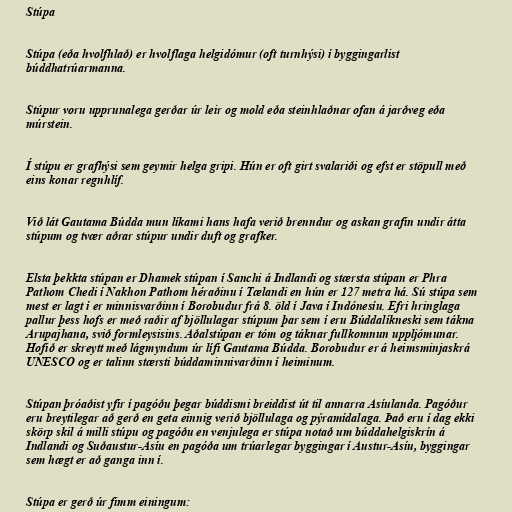
Stúpa

Stúpa (eða hvolfhlað) er hvolflaga helgidómur (oft turnhýsi) í byggingarlist
búddhatrúarmanna.

Stúpur voru upprunalega gerðar úr leir og mold eða steinhlaðnar ofan á jarðveg eða
múrstein.

Í stúpu er grafhýsi sem geymir helga gripi. Hún er oft girt svalariði og efst er stöpull með
eins konar regnhlíf.

Við lát Gautama Búdda mun líkami hans hafa verið brenndur og askan grafin undir átta
stúpum og tvær aðrar stúpur undir duft og grafker.

Elsta þekkta stúpan er Dhamek stúpan í Sanchi á Indlandi og stærsta stúpan er Phra
Pathom Chedi í Nakhon Pathom héraðinu í Tælandi en hún er 127 metra há. Sú stúpa sem
mest er lagt í er minnisvarðinn í Borobudur frá 8. öld í Java í Indónesíu. Efri hringlaga
pallur þess hofs er með raðir af bjöllulagar stúpum þar sem í eru Búddalíkneski sem tákna
Arupajhana, svið formleysisins. Aðalstúpan er tóm og táknar fullkomnun uppljómunar.
Hofið er skreytt með lágmyndum úr lífi Gautama Búdda. Borobudur er á heimsminjaskrá
UNESCO og er talinn stærsti búddaminnivarðinn í heiminum.

Stúpan þróaðist yfir í pagóðu þegar búddismi breiddist út til annarra Asíulanda. Pagóður
eru breytilegar að gerð en geta einnig verið bjöllulaga og pýramídalaga. Það eru í dag ekki
skörp skil á milli stúpu og pagóðu en venjulega er stúpa notað um búddahelgiskrín á
Indlandi og Suðaustur-Asíu en pagóða um trúarlegar byggingar í Austur-Asíu, byggingar
sem hægt er að ganga inn í.

Stúpa er gerð úr fimm einingum: